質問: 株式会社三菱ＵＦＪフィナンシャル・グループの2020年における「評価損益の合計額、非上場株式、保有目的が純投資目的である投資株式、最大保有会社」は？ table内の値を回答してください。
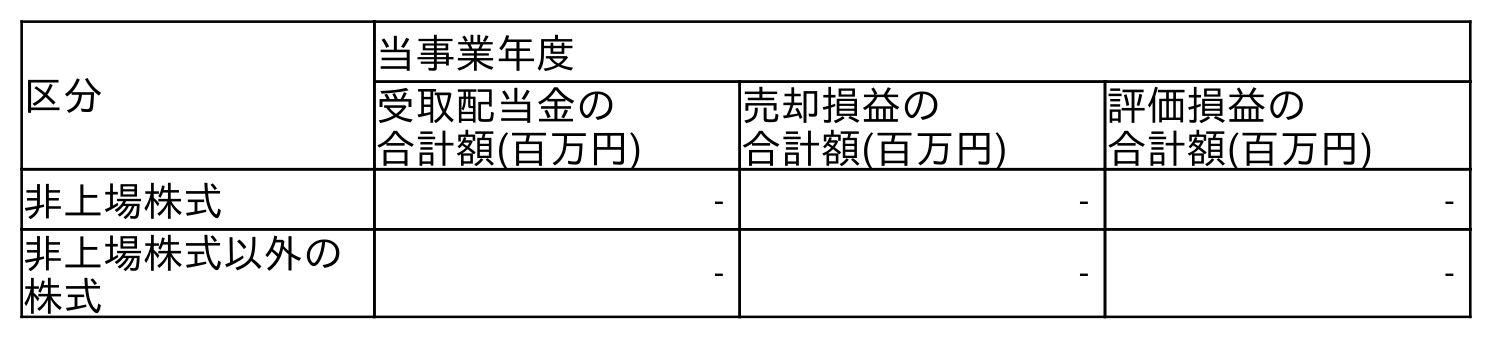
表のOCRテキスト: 区分 当事業年度 受取配当金の 合計額(百万円) 売却損益の 合計額(百万円) 評価損益の 合計額(百万円) 非上場株式 - - - 非上場株式以外の 株式 - - -
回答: -